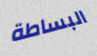
البساطة